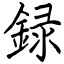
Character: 録